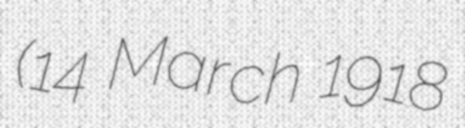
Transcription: (14 March 1918